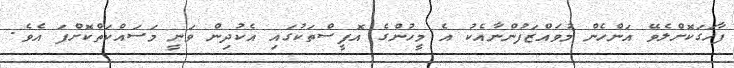
ފާހަގަކޮށްލެވޭ އަންހެން މުވައްޒަފުންނާއެކު އެ މީހުންގެ އޮފީސްތަކުގައި އެކުދިން ވަނީ މަސައްކަތްކޮށްފަ އެވެ.